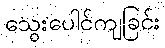
သွေးပေါင်ကျခြင်း